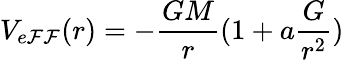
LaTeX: V_{e\mathcal{F}\mathcal{F}}(r)=-{\frac{{GM}}{{r}}}(1+a{\frac{{G}}{{r^{2}}}})